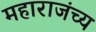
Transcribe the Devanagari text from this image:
महाराजंच्य